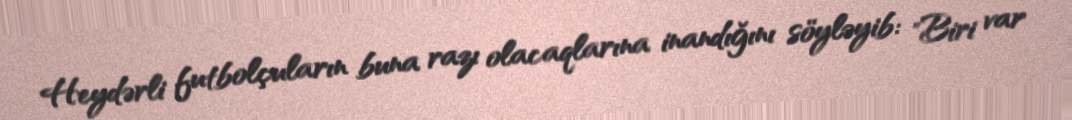
Heydərli futbolçuların buna razı olacaqlarına inandığını söyləyib: "Biri var